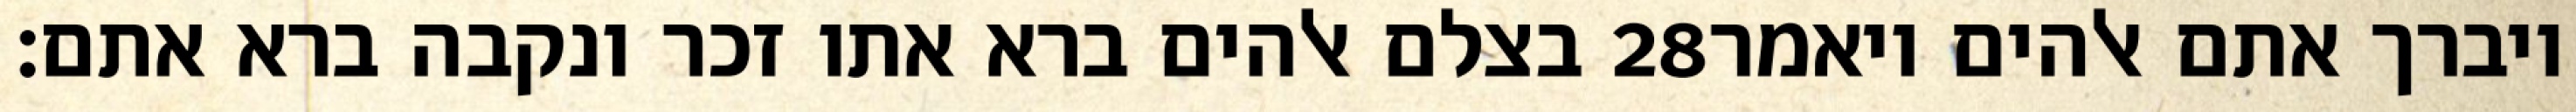
בצלם אלהים ברא אתו זכר ונקבה ברא אתם׃ ‎28‏ ויברך אתם אלהים ויאמר